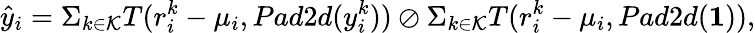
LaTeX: \hat{y}_{i}=\Sigma_{k\in\mathcal{K}}T(r_{i}^{k}-\mu_{i},Pad2d(y_{i}^{k}))\oslash\Sigma_{k\in\mathcal{K}}T(r_{i}^{k}-\mu_{i},Pad2d(\mathbf{1})),